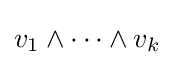
v_{1}\wedge \cdots \wedge v_{k}